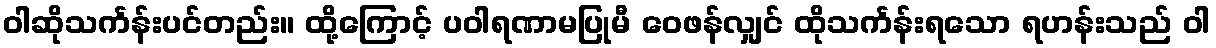
ဝါဆိုသင်္ကန်းပင်တည်း။ ထို့ကြောင့် ပဝါရဏာမပြုမီ ဝေဖန်လျှင် ထိုသင်္ကန်းရသော ရဟန်းသည် ဝါ